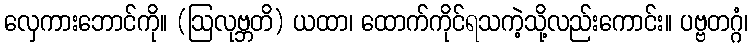
လှေကားဘောင်ကို။ (ဩလုဗ္ဘတိ) ယထာ၊ ထောက်ကိုင်ရသကဲ့သို့လည်းကောင်း။ ပဗ္ဗတဂ္ဂံ၊